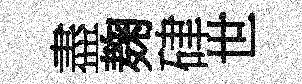
盡麹硉世